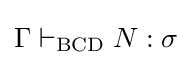
\Gamma \vdash _{\text{BCD}}N:\sigma